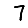
Digit: 7